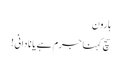
ہارون
سچ کہنا جرم ہے یا نادانی !